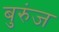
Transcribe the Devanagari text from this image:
बुरुंज